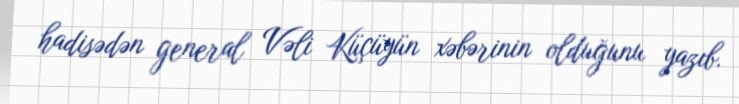
hadisədən general Vəli Küçüyün xəbərinin olduğunu yazıb.